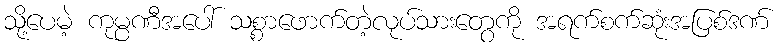
သို့ပေမဲ့ ကုမ္ပဏီအပေါ် သစ္စာဖောက်တဲ့လုပ်သားတွေကို အရက်စက်ဆုံးအပြစ်ဒဏ်